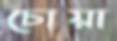
চোয়া